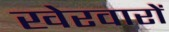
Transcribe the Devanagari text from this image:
खेरवारों